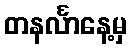
တနင်္လာနေ့မှ